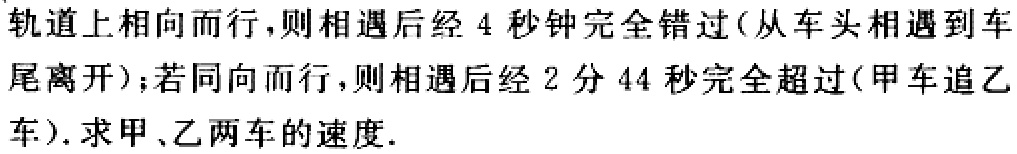
轨道上相向而行，则相遇后经 4 秒钟完全错过(从车头相遇到车尾离开)；若同向而行，则相遇后经 2 分 44 秒完全超过(甲车追乙车). 求甲、乙两车的速度.